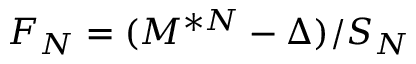
F _ { N } = ( M ^ { * N } - \Delta ) / S _ { N }